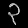
Digit: ၃